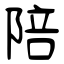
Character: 陪